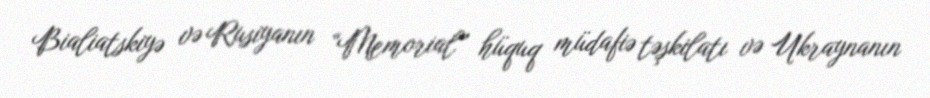
Bialiatskiyə və Rusiyanın “Memorial” hüquq müdafiə təşkilatı və Ukraynanın